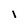
Character: i